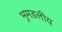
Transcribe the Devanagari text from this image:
भूमडलीय